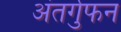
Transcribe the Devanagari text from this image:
अंतर्गुफन